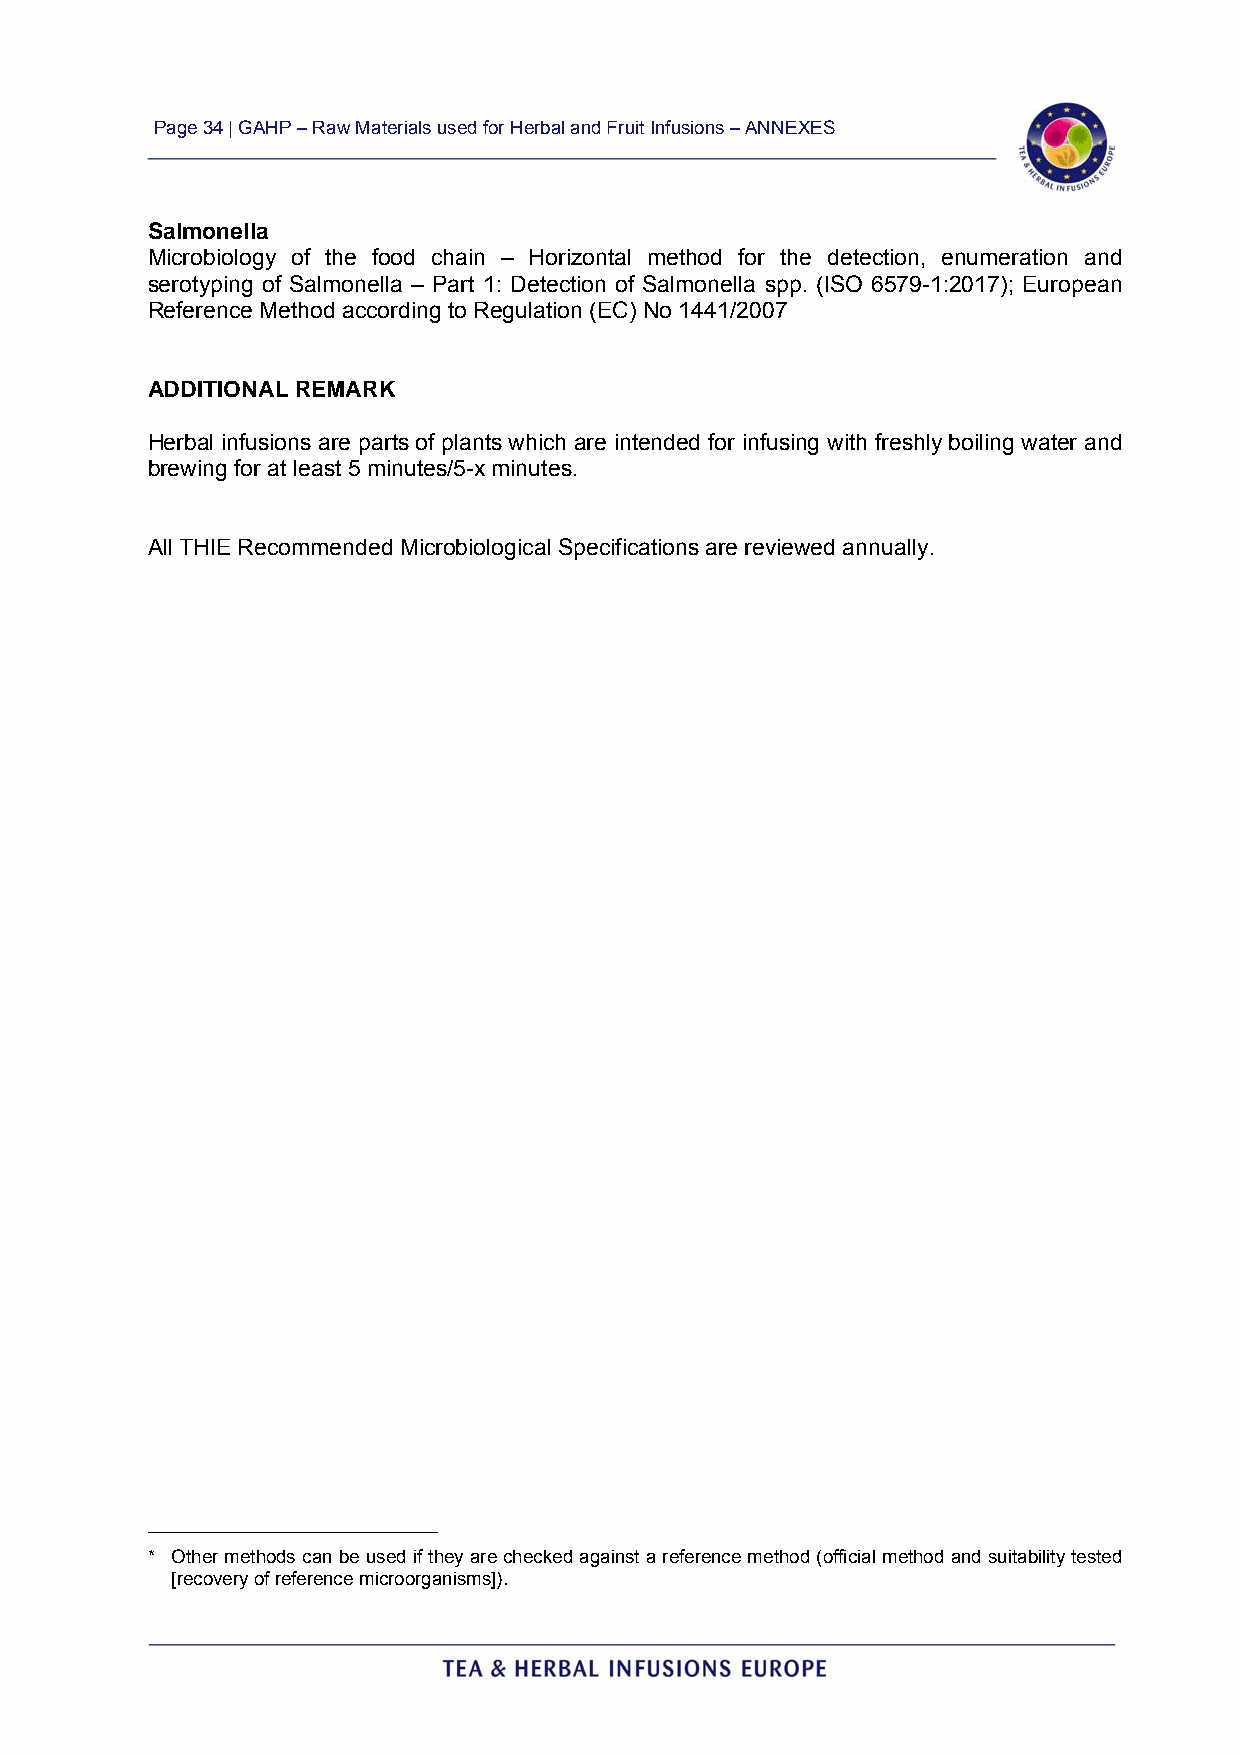
Page 34 | GAHP – Raw Materials used for Herbal and Fruit Infusions – ANNEXES
 Salmonella
 Microbiology of the food chain – Horizontal method for the detection, enumeration and
 serotyping of Salmonella – Part 1: Detection of Salmonella spp. (ISO 6579-1:2017); European
 Reference Method according to Regulation (EC) No 1441/2007
 ADDITIONAL REMARK
 Herbal infusions are parts of plants which are intended for infusing with freshly boiling water and
 brewing for at least 5 minutes/5-x minutes.
 All THIE Recommended Microbiological Specifications are reviewed annually.
 _________________________
 * Other methods can be used if they are checked against a reference method (official method and suitability tested
 [recovery of reference microorganisms]).